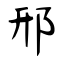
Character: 邢